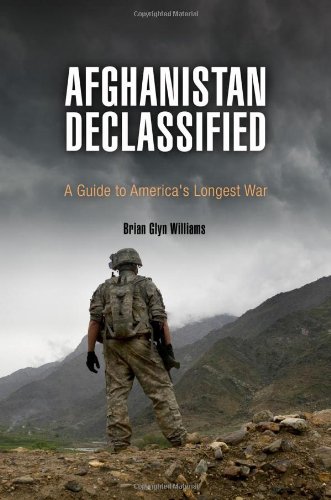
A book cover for Afghanistan Declassified: A Guide to America's Longest War; Brian Glyn Williams; Travel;